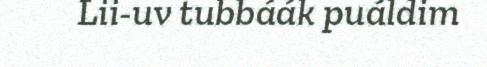
Lii-uv tubbáák puáldim